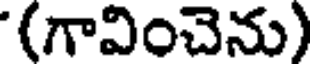
(గావించెను)